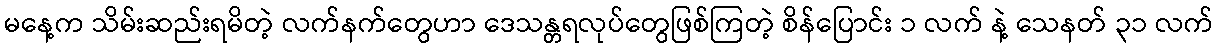
မနေ့က သိမ်းဆည်းရမိတဲ့ လက်နက်တွေဟာ ဒေသန္တရလုပ်တွေဖြစ်ကြတဲ့ စိန်ပြောင်း ၁ လက် နဲ့ သေနတ် ၃၁ လက်